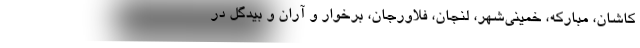
کاشان، مبارکه، خمینی‌شهر، لنجان، فلاورجان، برخوار و آران و بیدگل در